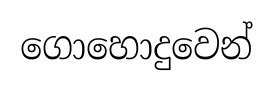
ගොහොදුවෙන්